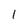
Character: l